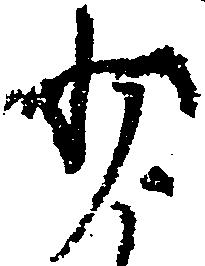
少